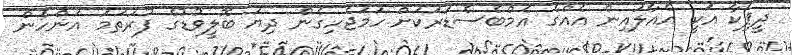
ދީޕިކާ އަކީ އެއާލައިން އެއްގެ އެމްބެސެޑަރަކަށް ހަމަޖެހިގެން ދިޔަ ބޮލީވުޑުގެ ފުރަތަމަ އަންހެން